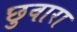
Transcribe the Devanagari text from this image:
छुवारा